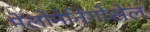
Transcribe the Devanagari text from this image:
मेलोमेनिंगोसेल